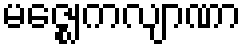
မဇ္ဈေကလျာဏာ